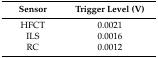
<table><thead><tr><td><b>Sensor</b></td><td><b>Trigger Level (V)</b></td></tr></thead><tbody><tr><td>HFCT</td><td>0.0021 </td></tr><tr><td>ILS</td><td>0.0016 </td></tr><tr><td>RC</td><td>0.0012 </td></tr></tbody></table>